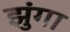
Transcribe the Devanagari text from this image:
झुंगा